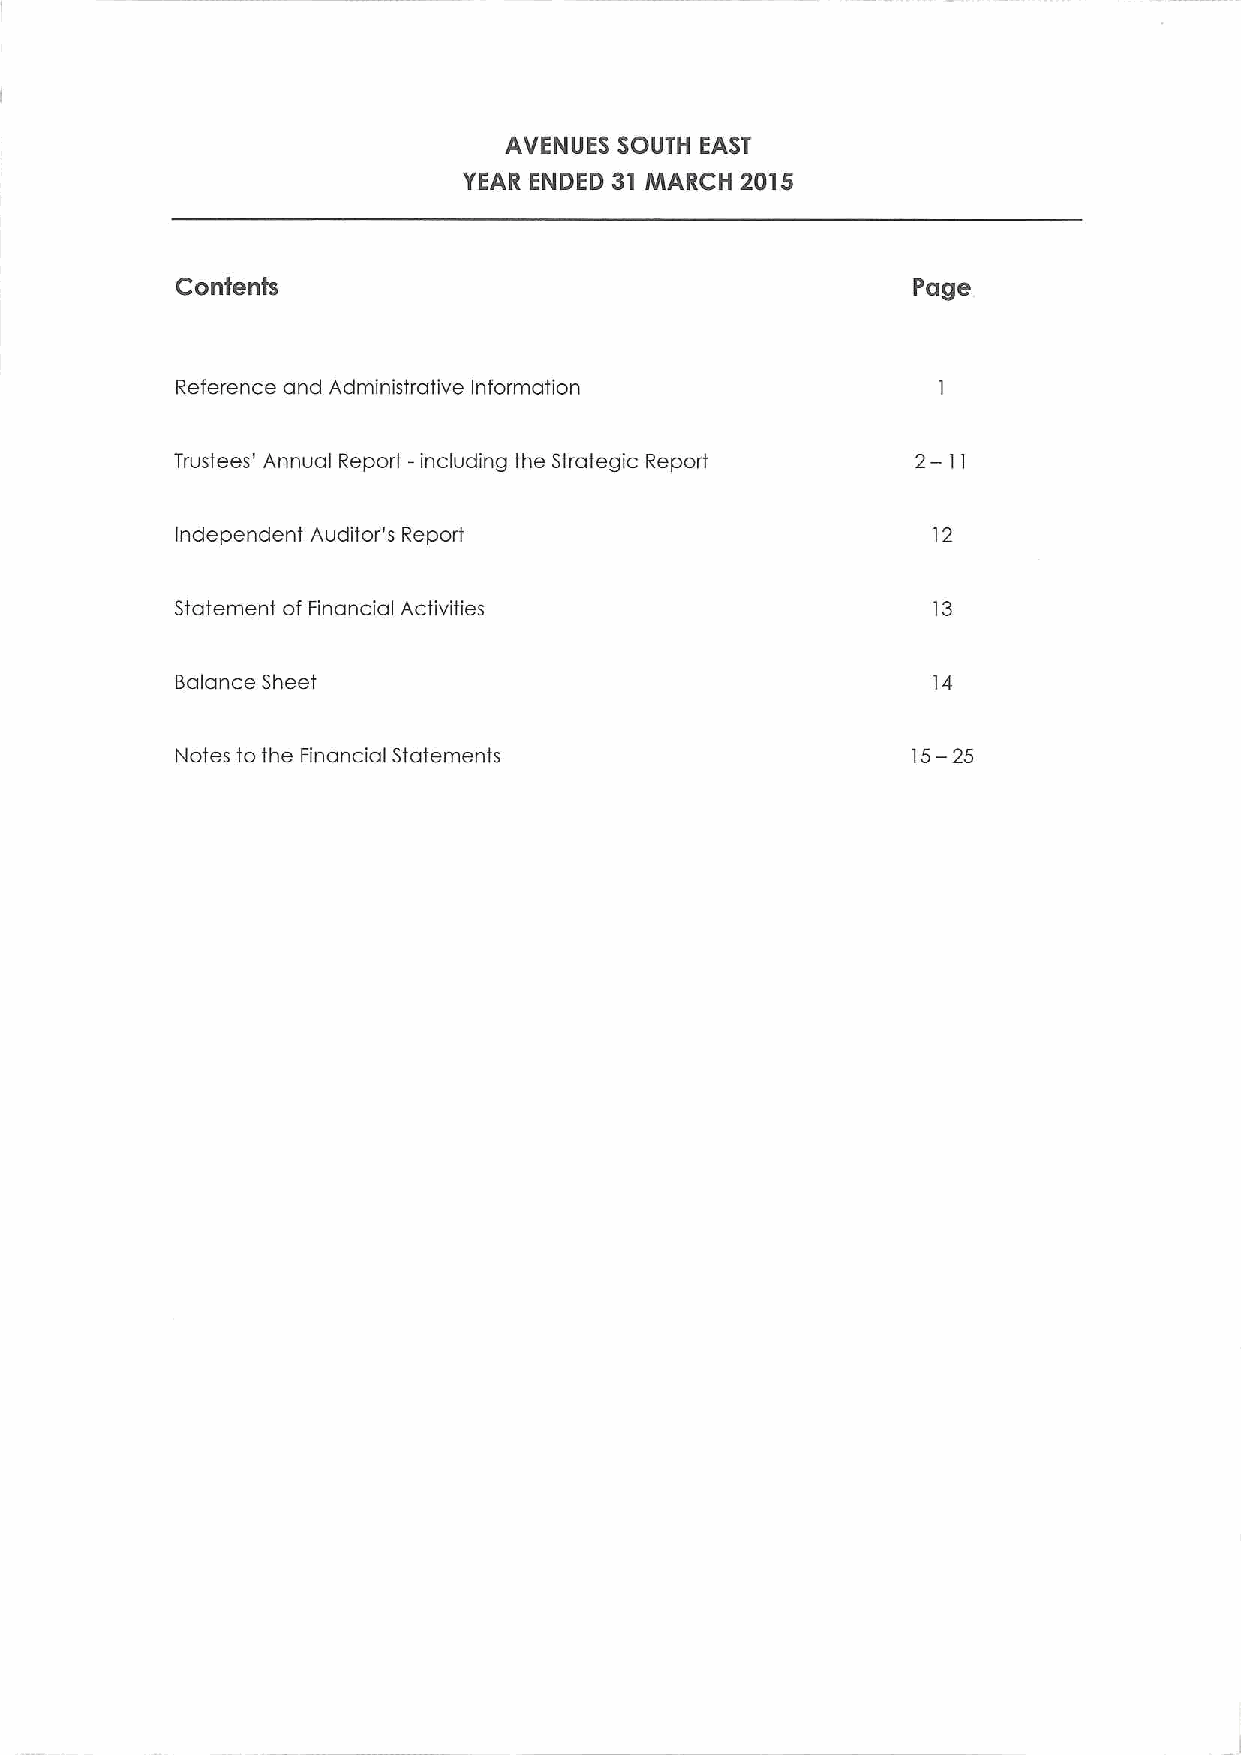
AVENUES SOUTH EAST
 YEAR ENDED 31 MARCH 2015
 Contents                                        Page
 Reference and Administrative Information
 Trustees' Annual Report -including the Strategic Report 2— 11
 Independent Auditor's Report                      12
 Statement of Financial Activities                 13
 Balance Sheet                                     14
 Notes to the Financial Statements               15—25